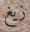
زيغ